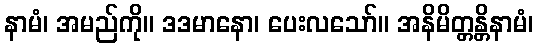
နာမံ၊ အမည်ကို။ ဒဒမာနော၊ ပေးလသော်။ အနိမိတ္တန္တိနာမံ၊